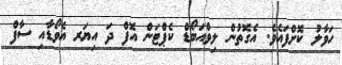
ހަވާލު ކޮށްފައެވެ. އެގޮތުން ލިވްއަބޯޑް ކެޕްޓަން އޮފް ދަ އިޔަރ އެވޯޑާއި ސާފް